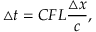
\triangle t = C F L \frac { \triangle x } { c } ,